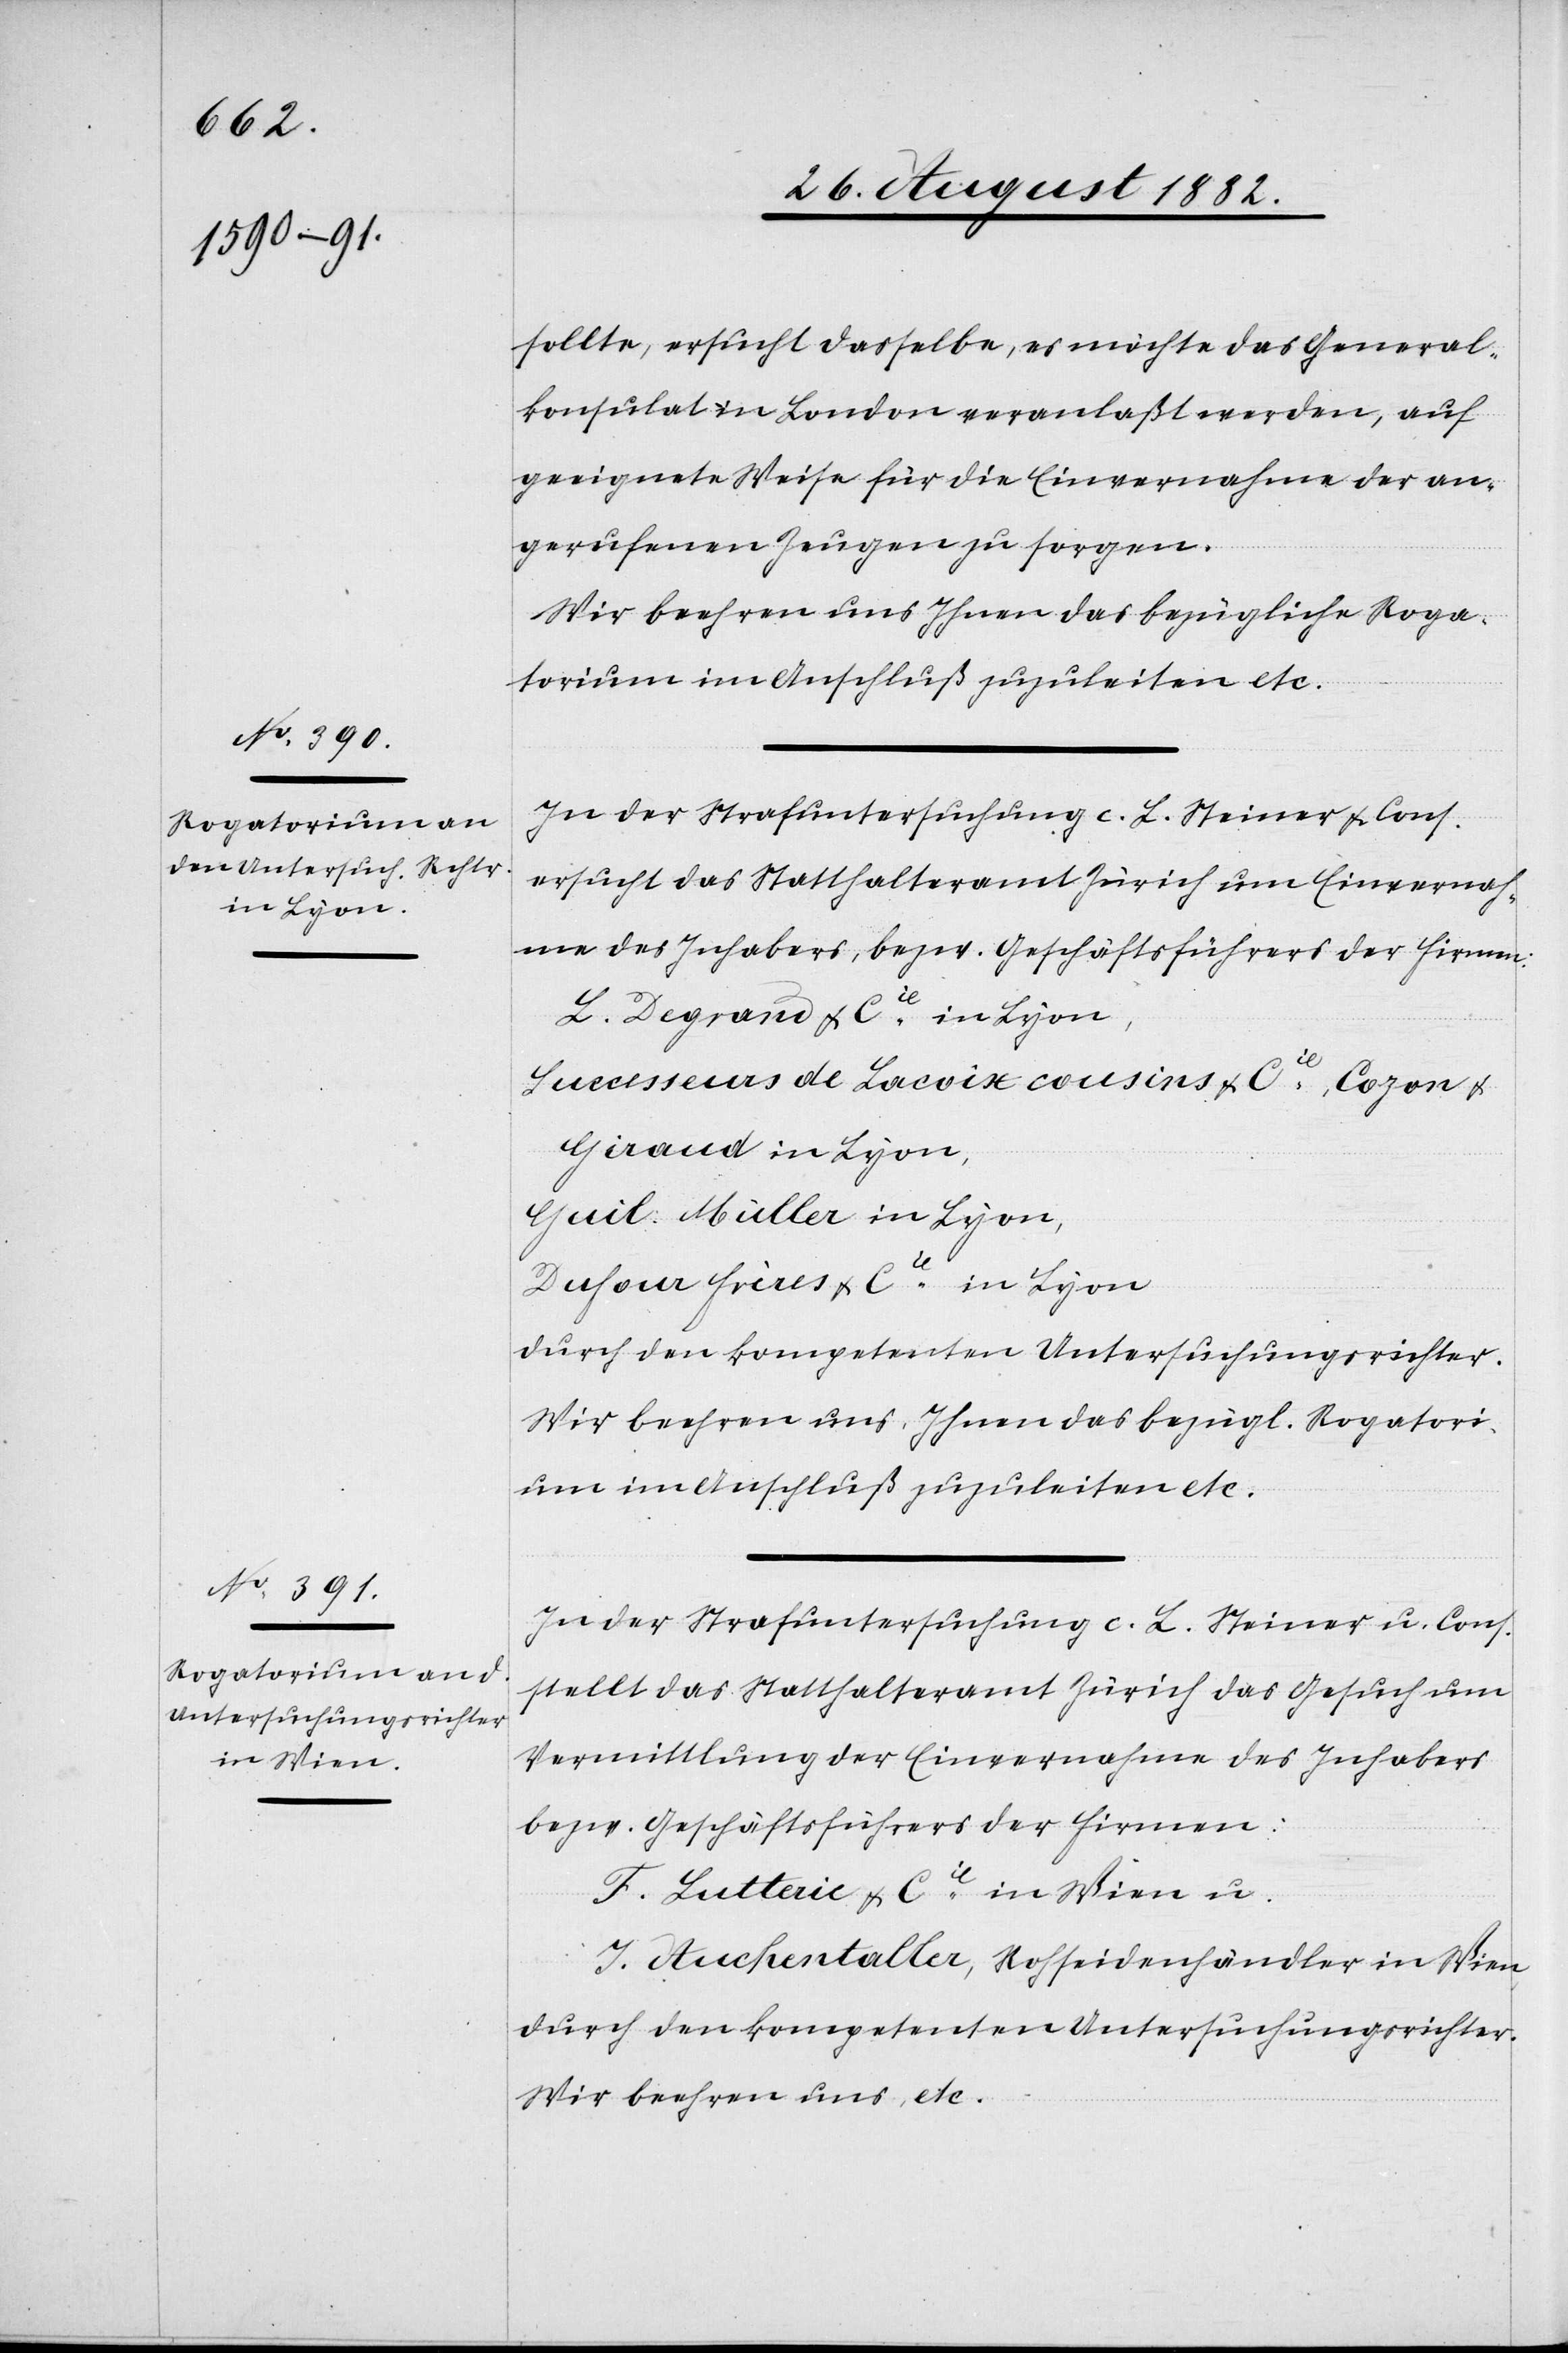
sollte, ersucht dasselbe, es möchte das General¬
konsulat in London veranlaßt werden, auf
geeignete Weise für die Einvernahme der an¬
gerufenen Zeugen zu sorgen.
Wir beehren uns Ihnen das bezügliche Roga¬
torium im Anschluß zuzuleiten etc.
In der Strafuntersuchung c. L. Steiner & Cons.
ersucht das Statthalteramt Zürich um Einvernah¬
me des Inhabers, bezw. Geschäftsführers der Firmen:
L. Degrand & Cie in Lyon,
Successeurs de Lacoix cousins & Cie, Cozon &
Giraud in Lyon,
Guil. Müller in Lyon,
Dufour Frères & Cie in Lyon
durch den kompetenten Untersuchungsrichter.
Wir beehren uns, Ihnen das bezügl. Rogatori¬
um im Anschluß zuzuleiten etc.
In der Strafuntersuchung c. L. Steiner u. Cons.
stellt das Statthalteramt Zürich das Gesuch um
Vermittlung der Einvernahme des Inhabers
bezw. Geschäftsführers der Firmen:
F. Lutterie & Cie in Wien u.
J. Auchentaller, Rohseidenhändler in Wien,
durch den kompetenten Untersuchungsrichter.
Wir beehren uns etc.